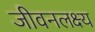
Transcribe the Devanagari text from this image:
जीवनलक्ष्य